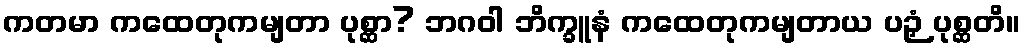
ကတမာ ကထေတုကမျတာ ပုစ္ဆာ? ဘဂဝါ ဘိက္ခူနံ ကထေတုကမျတာယ ပဉှံ ပုစ္ဆတိ။